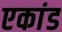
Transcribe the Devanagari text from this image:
एकांड